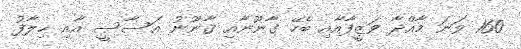
160 ވަނަ މާއްދާ ވަޒީފާއާއި ބެހޭ ގާނޫނާއި ޤާނޫނު އަސާސީ އާއި ޚިލާފު